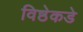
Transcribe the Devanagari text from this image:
विष्ठेकडे